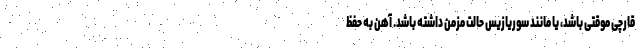
قارچی موقتی باشد، یا مانند سوریازیس حالت مزمن داشته باشد. آهن به حفظ